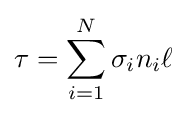
\tau =\sum _{i=1}^{N}\sigma _{i}n_{i}\ell